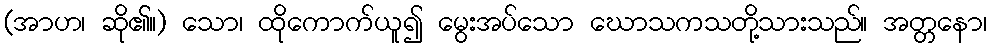
(အာဟ၊ ဆို၏။) သော၊ ထိုကောက်ယူ၍ မွေးအပ်သော ဃောသကသတို့သားသည်။ အတ္တနော၊